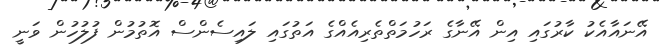
އޭނައާއެކު ކާރުގައި އިން އޭނާގެ ރަހުމަތްތެރިއެއްގެ އަތުގައި ލައިސެންސް އޮތުމުން ފުލުހުން ވަނީ